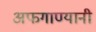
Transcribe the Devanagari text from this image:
अफगाण्यानी